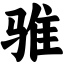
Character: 骓